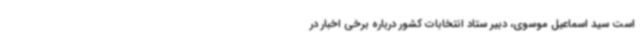
است سید اسماعیل موسوی، دبیر ستاد انتخابات کشور درباره برخی اخبار در